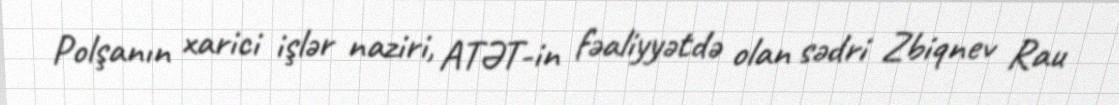
Polşanın xarici işlər naziri, ATƏT-in fəaliyyətdə olan sədri Zbiqnev Rau